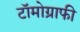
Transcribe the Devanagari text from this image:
टॉमोग्राफी